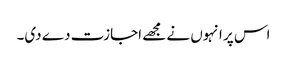
اس پر انہوں نے مجھے اجازت دے دی۔